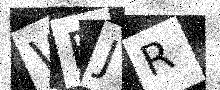
Text: WFJR